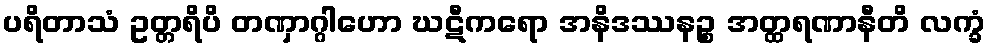
ပရိတာသံ ဥတ္တရိပိ တဏှာဂ္ဂါဟော ဃဋီကရော အနိဒဿနဉ္စ အတ္ထရဏာနီတိ လက္ခံ